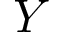
Y